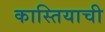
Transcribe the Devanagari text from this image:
कास्तियाची